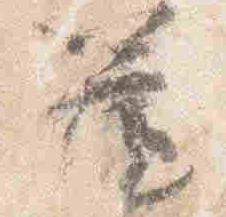
簾